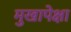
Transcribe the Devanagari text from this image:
मुखापेक्षा